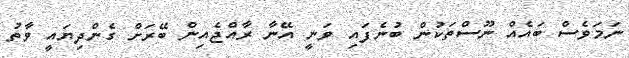
ނަމަވެސް ބައެއް ނޫސްތަކުން ބުނެފައި ވަނީ އޭނާ ރާއްޖެއިން ބޭރަށް ގެންދިޔައީ ވާތު